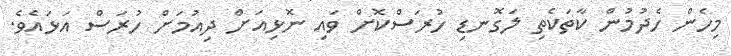
މިހެން ހެދުމުން ކާތަކެތި ލަގޮނޑި ހުރަސްކޮށް ވައި ނޮޅިއަށް ދިއުމަށް ހުރަސް އަޅައެވެ.